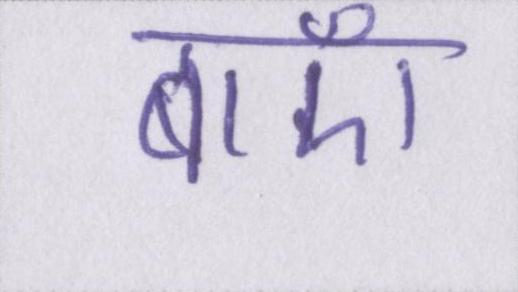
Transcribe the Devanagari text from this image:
बाएँ